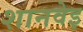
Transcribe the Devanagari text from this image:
शानवेइ